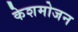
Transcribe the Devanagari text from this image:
केशमोजन